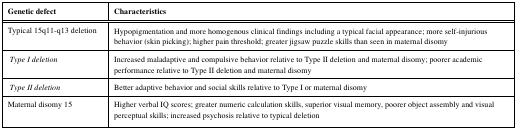
| Genetic defect | Characteristics |
 | --- | --- |
 | Typical 15q11-q13 deletion | Hypopigmentation and more homogenous clinical findings including a typical facial appearance; more self-injurious behavior (skin picking); higher pain threshold; greater jigsaw puzzle skills than seen in maternal disomy |
 | Type I deletion | Increased maladaptive and compulsive behavior relative to Type II deletion and maternal disomy; poorer academic performance relative to Type II deletion and maternal disomy |
 | Type II deletion | Better adaptive behavior and social skills relative to Type I or maternal disomy |
 | Maternal disomy 15 | Higher verbal IQ scores; greater numeric calculation skills, superior visual memory, poorer object assembly and visual perceptual skills; increased psychosis relative to typical deletion |